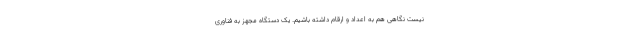
نیست نگاهی هم به اعداد و ارقام داشته باشیم. یک دستگاه مجهز به فناوری